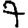
Digit: 7